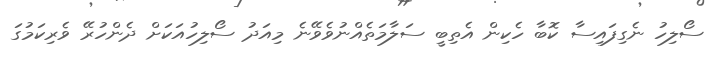
ސޯލިހު ނެގިފައިސާ ކޮބާ ހެކިން އެތިބީ ސަލާމަތެއްނުވެވޭނެ މިއަދު ސޯލިހުއަކަށް ދެންހުރޭ ވެރިކަމުގަ